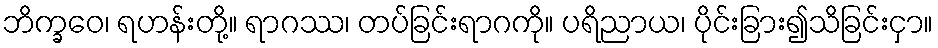
ဘိက္ခဝေ၊ ရဟန်းတို့။ ရာဂဿ၊ တပ်ခြင်းရာဂကို။ ပရိညာယ၊ ပိုင်းခြား၍သိခြင်းငှာ။